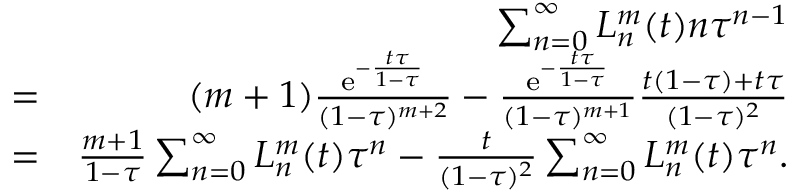
\begin{array} { r l r } & { } & { \sum _ { n = 0 } ^ { \infty } L _ { n } ^ { m } ( t ) n \tau ^ { n - 1 } } \\ & { = } & { ( m + 1 ) \frac { \mathrm { e } ^ { - \frac { t \tau } { 1 - \tau } } } { ( 1 - \tau ) ^ { m + 2 } } - \frac { \mathrm { e } ^ { - \frac { t \tau } { 1 - \tau } } } { ( 1 - \tau ) ^ { m + 1 } } \frac { t ( 1 - \tau ) + t \tau } { ( 1 - \tau ) ^ { 2 } } } \\ & { = } & { \frac { m + 1 } { 1 - \tau } \sum _ { n = 0 } ^ { \infty } L _ { n } ^ { m } ( t ) \tau ^ { n } - \frac { t } { ( 1 - \tau ) ^ { 2 } } \sum _ { n = 0 } ^ { \infty } L _ { n } ^ { m } ( t ) \tau ^ { n } . } \end{array}